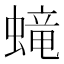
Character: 𧏵